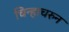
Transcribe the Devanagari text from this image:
चिन्हाचरुन